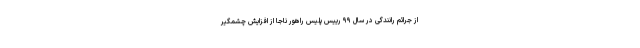
از جرائم رانندگی در سال ۹۹ رییس پلیس راهور ناجا از افزایش چشمگیر